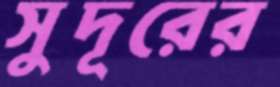
সুদূরের